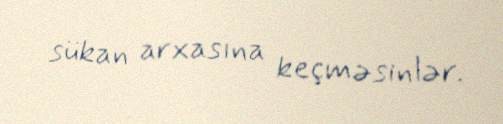
sükan arxasına keçməsinlər.